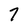
Character: 7